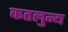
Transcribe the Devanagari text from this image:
कतलुन्य